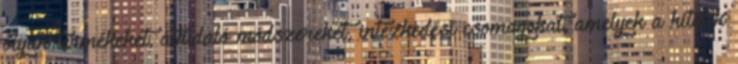
olyan termékeket, áthidaló módszereket, intézkedési csomagokat, amelyek a hitelek